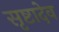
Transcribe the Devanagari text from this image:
सृष्टादेव